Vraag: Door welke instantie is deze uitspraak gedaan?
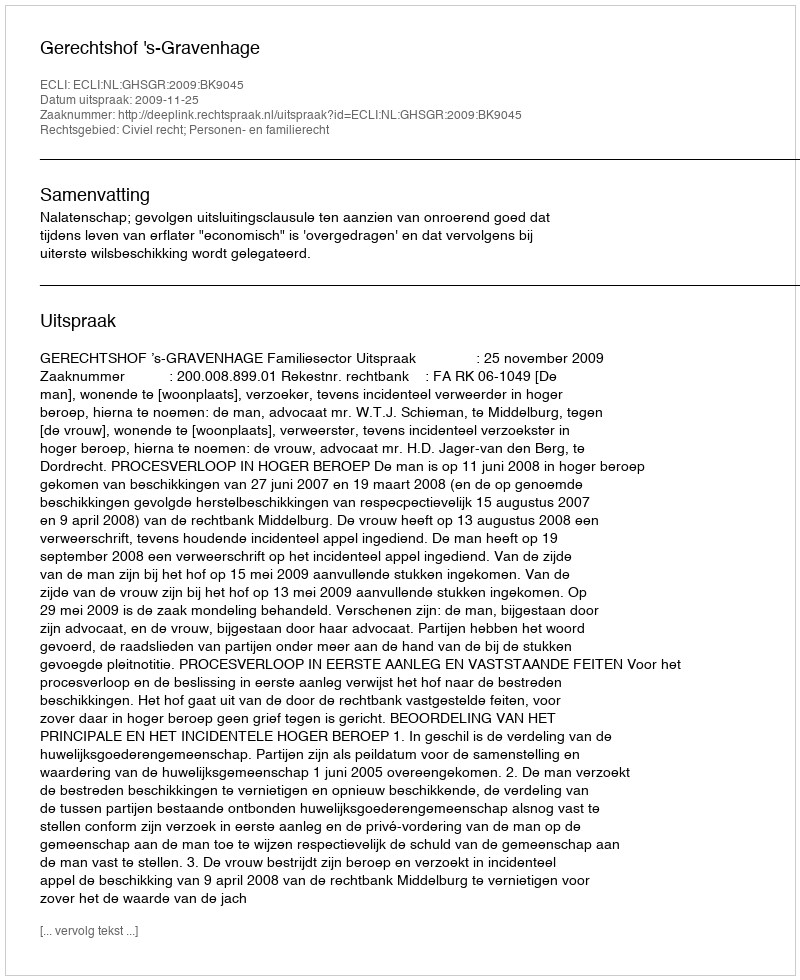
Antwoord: Gerechtshof 's-Gravenhage